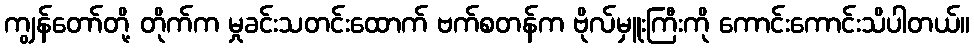
ကျွန်တော်တို့ တိုက်က မှုခင်းသတင်းထောက် ဗက်စတန်က ဗိုလ်မှူးကြီးကို ကောင်းကောင်းသိပါတယ်။